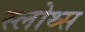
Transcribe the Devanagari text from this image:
स्लोथ्स